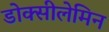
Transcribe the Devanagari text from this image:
डोक्सीलेमिन